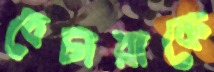
বেচারাকে